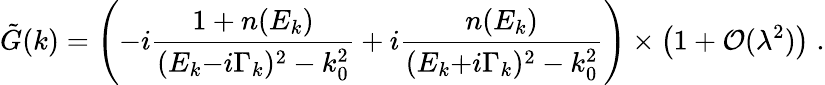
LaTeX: \tilde{G}(k)=\left(-i{\frac{1+n(E_{k})}{(E_{k}{-}i\Gamma_{k})^{2}-k_{0}^{2}}}+i{\frac{n(E_{k})}{(E_{k}{+}i\Gamma_{k})^{2}-k_{0}^{2}}}\right)\times\left(1+{\cal O}(\lambda^{2})\right)\; .